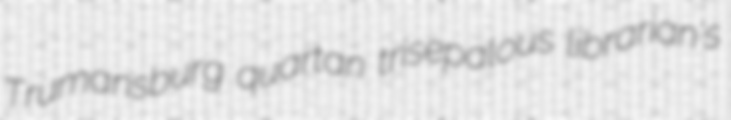
Trumansburg quartan trisepalous librarian's